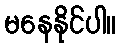
မနေနိုင်ပါ။